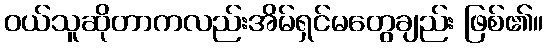
ဝယ်သူဆိုတာကလည်းအိမ်ရှင်မတွေချည်း ဖြစ်၏။